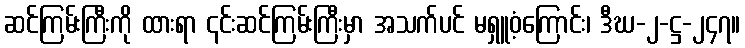
ဆင်ကြမ်းကြီးကို ထားရာ ၎င်းဆင်ကြမ်းကြီးမှာ အသက်ပင် မရှူဝံ့ကြောင်း၊ ဒီဃ-၂-ဋ္ဌ-၂၄၇။